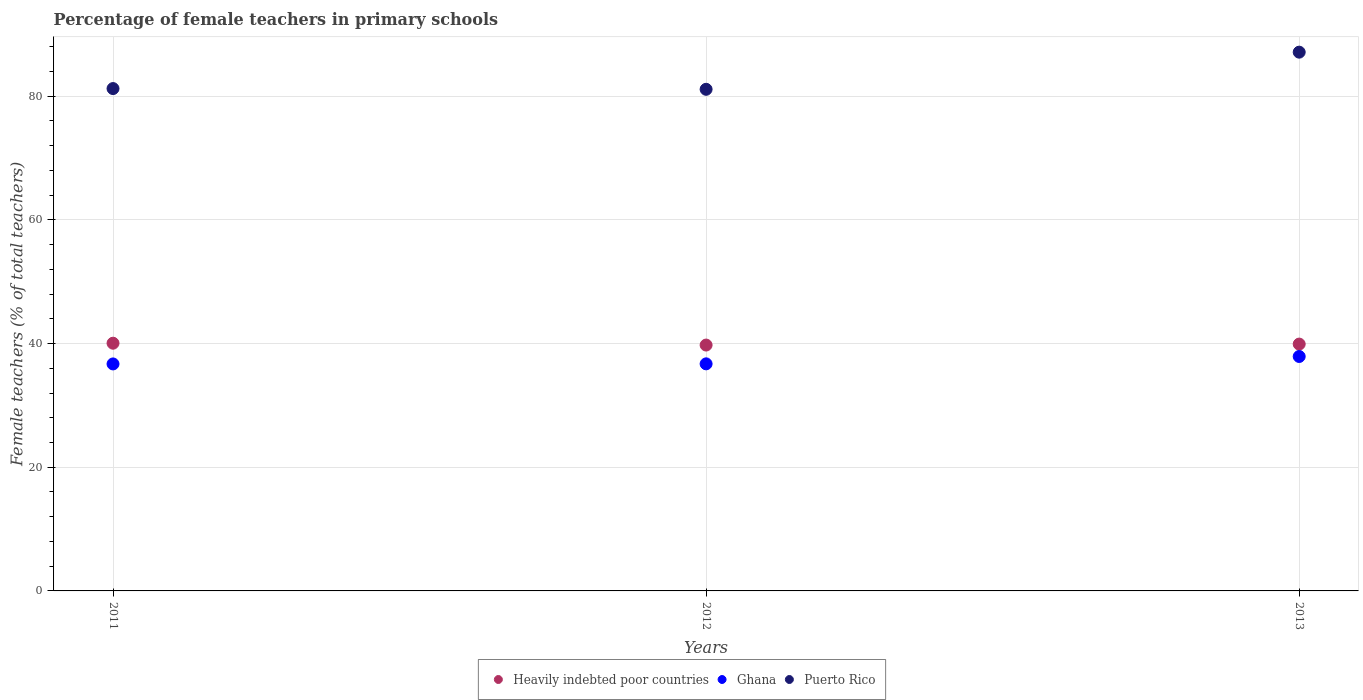
| Years | Heavily indebted poor countries | Ghana | Puerto Rico |
 | --- | --- | --- | --- |
 | 2011 | 40.1 | 36.7 | 81.2 |
 | 2012 | 39.8 | 36.7 | 81.1 |
 | 2013 | 39.9 | 37.9 | 87.1 |